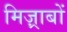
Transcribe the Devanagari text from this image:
मिज़्राबों